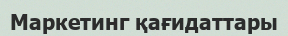
Маркетинг қағидаттары